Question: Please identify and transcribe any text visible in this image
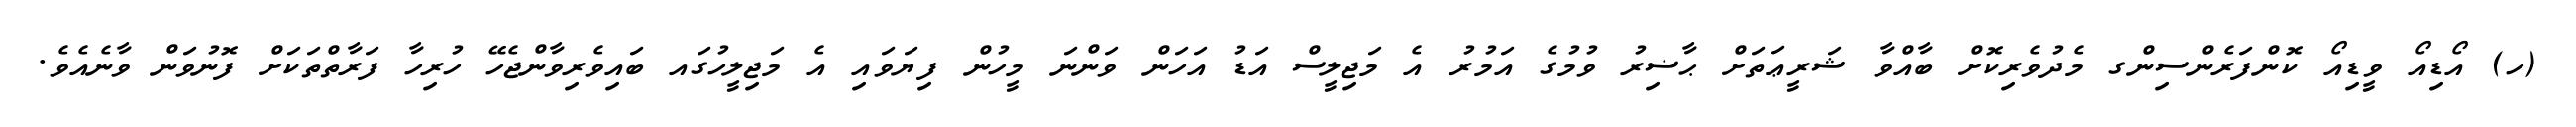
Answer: (ހ) އޯޑިއޯ ވީޑިއޯ ކޮންފަރެންސިންގ މެދުވެރިކޮށް ބާއްވާ ޝަރީޢަތަށް ޙާޟިރު ވުމުގެ އަމުރު އެ މަޖިލީސް އަޑު އަހަން ވަންނަ މީހުން ފިޔަވައި އެ މަޖިލީހުގައ ބައިވެރިވާންޖެހޭ ހުރިހާ ފަރާތްތަކަށް ފޮނުވަން ވާނެއެވެ.